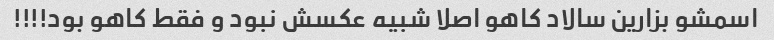
اسمشو بزارین سالاد کاهو اصلا شبیه عکسش نبود و فقط کاهو بود!!!!